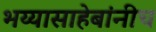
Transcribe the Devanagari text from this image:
भय्यासाहेबांनीच